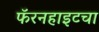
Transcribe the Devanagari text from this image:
फॅरनहाइटचा